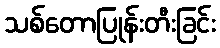
သစ်တောပြုန်းတီးခြင်း